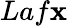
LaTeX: Laf\mathbf{x}